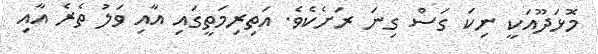
މޮޅަދޫއަކީ ނިކަ ގަސް ގިނަ ރަށެކެވެ. އަތިރިމަތީގައި އާއި ވަލު ތެރެ އާއި